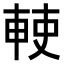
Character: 𠦱